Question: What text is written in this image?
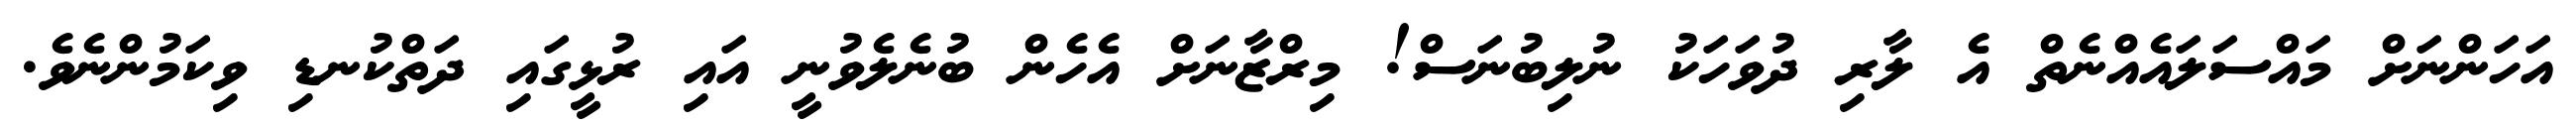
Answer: އަހަންނަށް މައްސަލައެއްނެތް އެ ލާރި ދުވަހަކު ނުލިބުނަސް! މިރްޒާނަށް އެހެން ބުނެލެވުނީ އައި ރުޅީގައި ދަތްކުނޑި ވިކަމުންނެވެ.